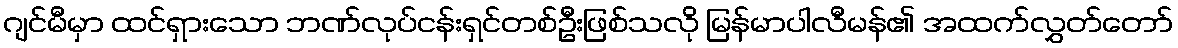
ဂျင်မီမှာ ထင်ရှားသော ဘဏ်လုပ်ငန်းရှင်တစ်ဦးဖြစ်သလို မြန်မာပါလီမန်၏ အထက်လွှတ်တော်